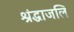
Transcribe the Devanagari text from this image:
श्रंद्धाजलि